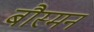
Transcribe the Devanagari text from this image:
बौस्मन